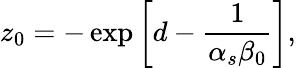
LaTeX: z_{0}=-\exp\left[d-{\frac{1}{\alpha_{s}\beta_{0}}}\right],